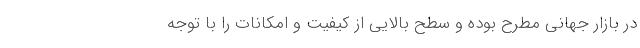
در بازار جهانی مطرح بوده و سطح بالایی از کیفیت و امکانات را با توجه